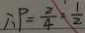
\therefore P = \frac { 2 } { 4 } = \frac { 1 } { 2 }